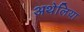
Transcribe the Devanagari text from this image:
अथेलिया